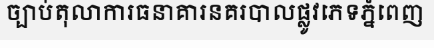
ច្បាប់តុលាការធនាគារនគរបាលផ្លូវភេទភ្នំពេញ